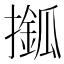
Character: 𢶎